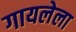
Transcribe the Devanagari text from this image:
गायलेला